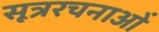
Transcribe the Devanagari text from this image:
सूत्ररचनाओं